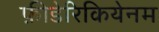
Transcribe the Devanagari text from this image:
फ़ीडेरिकियेनम